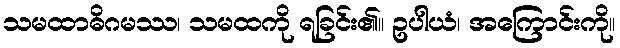
သမထာဓိဂမဿ၊ သမထကို ရခြင်း၏။ ဥပါယံ၊ အကြောင်းကို။